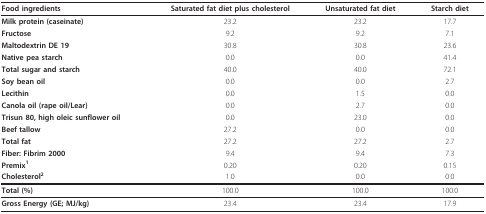
| Food ingredients | Saturated fat diet plus cholesterol | Unsaturated fat diet | Starch diet |
 | --- | --- | --- | --- |
 | Milk protein (caseinate) | 23.2 | 23.2 | 17.7 |
 | Fructose | 9.2 | 9.2 | 7.1 |
 | Maltodextrin DE 19 | 30.8 | 30.8 | 23.6 |
 | Native pea starch | 0.0 | 0.0 | 41.4 |
 | Total sugar and starch | 40.0 | 40.0 | 72.1 |
 | Soy bean oil | 0.0 | 0.0 | 2.7 |
 | Lecithin | 0.0 | 1.5 | 0.0 |
 | Canola oil (rape oil/Lear) | 0.0 | 2.7 | 0.0 |
 | Trisun 80, high oleic sunflower oil | 0.0 | 23.0 | 0.0 |
 | Beef tallow | 27.2 | 0.0 | 0.0 |
 | Total fat | 27.2 | 27.2 | 2.7 |
 | Fiber: Fibrim 2000 | 9.4 | 9.4 | 7.3 |
 | Premix1 | 0.20 | 0.20 | 0.15 |
 | Cholesterol2 | 1.0 | 0.0 | 0.0 |
 | Total (%) | 100.0 | 100.0 | 100.0 |
 | Gross Energy (GE; MJ/kg) | 23.4 | 23.4 | 17.9 |